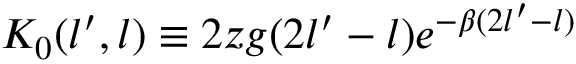
K _ { 0 } ( l ^ { \prime } , l ) \equiv 2 z g ( 2 l ^ { \prime } - l ) e ^ { - \beta ( 2 l ^ { \prime } - l ) }